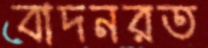
বাদনরত